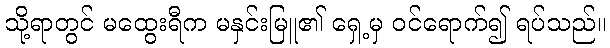
သို့ရာတွင် မထွေးရီက မနှင်းမြူ၏ ရှေ့မှ ဝင်ရောက်၍ ရပ်သည်။